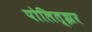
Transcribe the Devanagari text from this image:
पोलित्झर